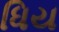
ધિય